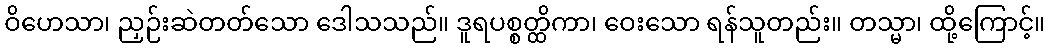
ဝိဟေသာ၊ ညှဉ်းဆဲတတ်သော ဒေါသသည်။ ဒူရပစ္စတ္ထိကာ၊ ဝေးသော ရန်သူတည်း။ တသ္မာ၊ ထို့ကြောင့်။